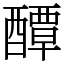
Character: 醰